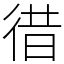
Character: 徣